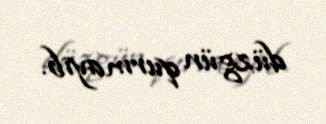
düzgün qurmayıb.